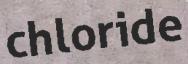
chloride